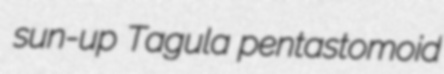
sun-up Tagula pentastomoid